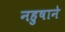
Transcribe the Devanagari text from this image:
नहुषाने